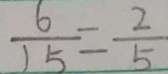
\frac { 6 } { 1 5 } = \frac { 2 } { 5 }